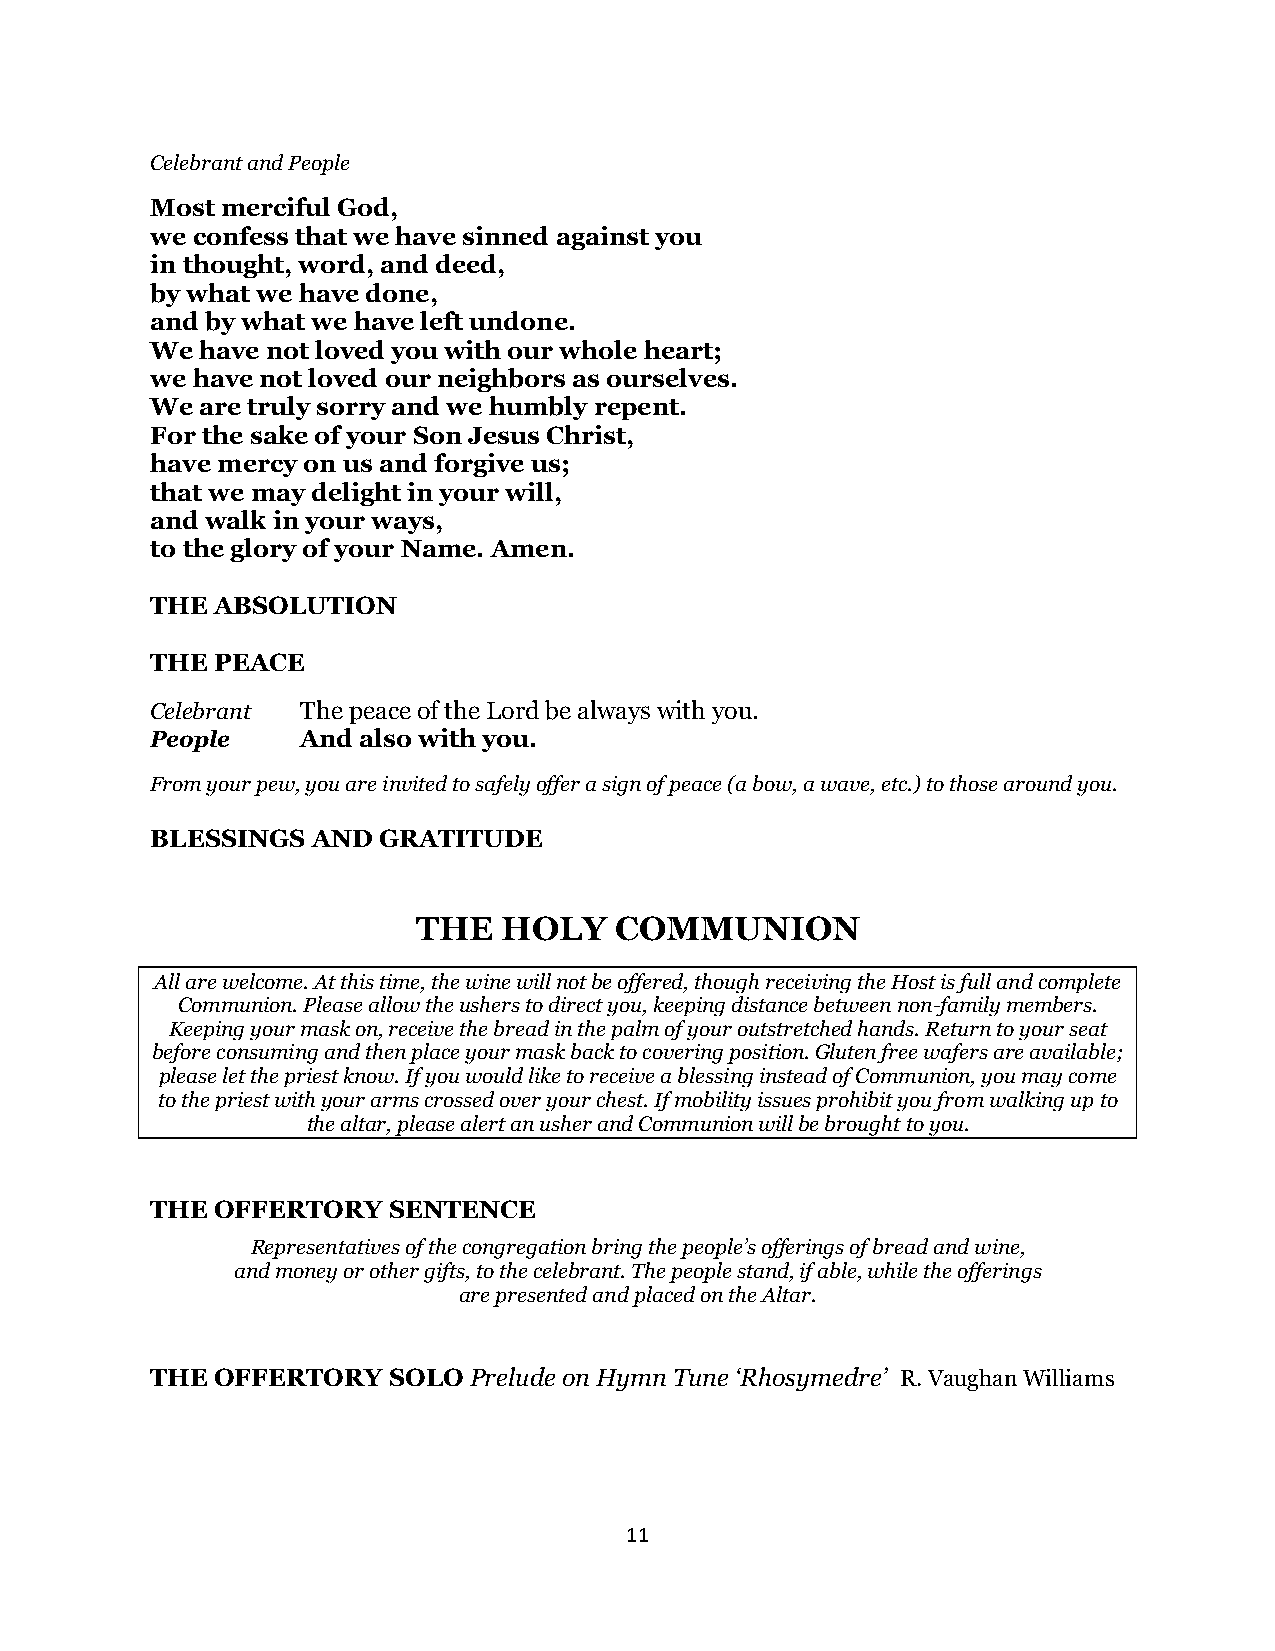
Celebrant and People
 Most merciful God,
 we confess that we have sinned against you
 in thought, word, and deed,
 by what we have done,
 and by what we have left undone.
 We have not loved you with our whole heart;
 we have not loved our neighbors as ourselves.
 We are truly sorry and we humbly repent.
 For the sake of your Son Jesus Christ,
 have mercy on us and forgive us;
 that we may delight in your will,
 and walk in your ways,
 to the glory of your Name. Amen.
 THE ABSOLUTION
 THE PEACE
 Celebrant The peace of the Lord be always with you.
 People    And also with you.
 From your pew, you are invited to safely offer a sign of peace (a bow, a wave, etc.) to those around you.
 BLESSINGS  AND GRATITUDE
 THE  HOLY    COMMUNION
 All are welcome. At this time, the wine will not be offered, though receiving the Host is full and complete
 Communion. Please allow the ushers to direct you, keeping distance between non-family members.
 Keeping your mask on, receive the bread in the palm of your outstretched hands. Return to your seat
 before consuming and then place your mask back to covering position. Gluten free wafers are available;
 please let the priest know. If you would like to receive a blessing instead of Communion, you may come
 to the priest with your arms crossed over your chest. If mobility issues prohibit you from walking up to
 the altar, please alert an usher and Communion will be brought to you.
 THE OFFERTORY   SENTENCE
 Representatives of the congregation bring the people’s offerings of bread and wine,
 and money or other gifts, to the celebrant. The people stand, if able, while the offerings
 are presented and placed on the Altar.
 THE OFFERTORY   SOLO Prelude on Hymn Tune ‘Rhosymedre’ R. Vaughan Williams
 11